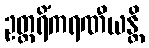
ဥတ္တရိံကရဏီယန္တိ